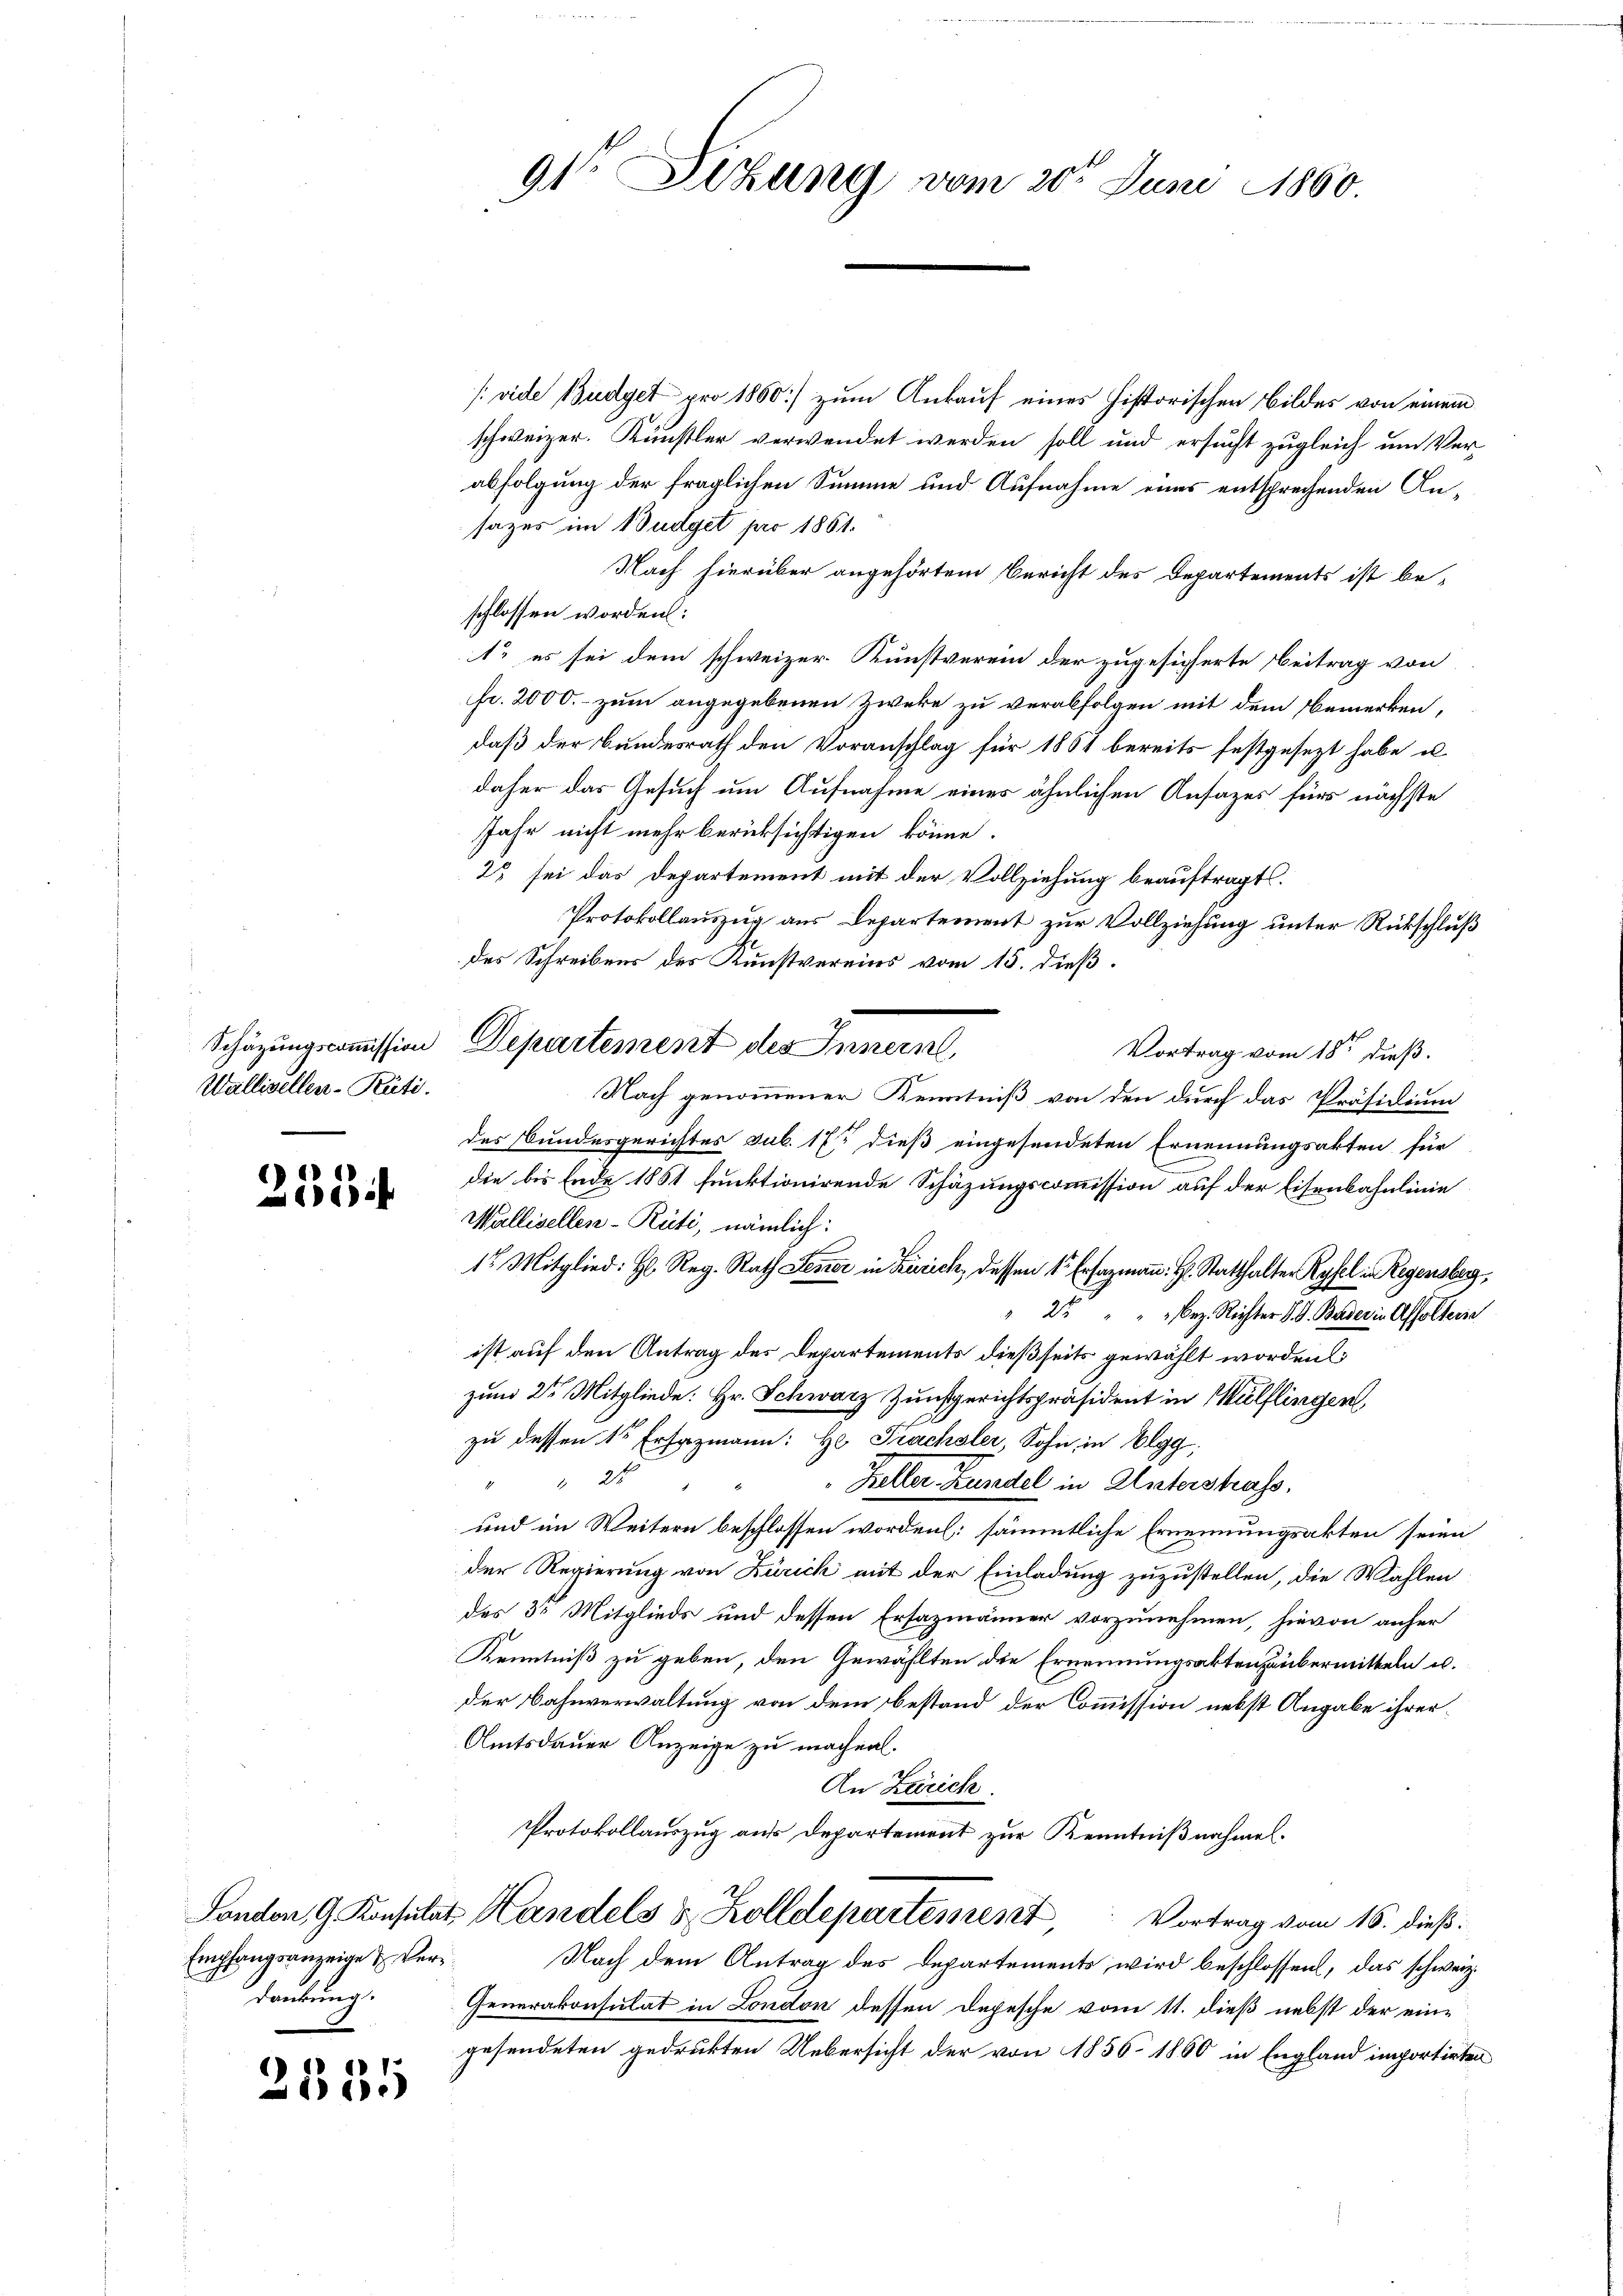
Wallisellen-Rüti.

253

(vide Budget pro 1860) zum Ankauf eines historischen Bildes von einem
schweizer. Künstler verwendet werden soll und ersucht zugleich um Verabfolgung der fraglichen Summe und Aufnahme eines entsprechenden Ansazes im Budget pro 1861.
Nach hierüber angehörtem Bericht des Departements ist be-
schlossen worden:
1t es sei dem schweizer Kunstverein der zugesicherte Beitrag von
fr. 2000.- zum angegebenen Zweke zu verabfolgen mit dem Bemerken,
daß der Bundesrath den Voranschlag für 1861 bereits festgesezt habe u
daher das Gesuch um Aufnahme eines ähnlichen Ansazes für nächste
Jahr nicht mehr berücksichtigen könne.
22 sei das Departement mit der Vollziehung beauftragt.
Protokollauszug aus Departement zur Vollziehung unter Rückschluß
des Schreibens des Kunstvereins vom 15. dieß.
Vortrag vom 18ten dieß.
Nach genommener Kenntniß von den durch das Präsidium
des Bundesgerichtes sub. 17 dieß eingesendeten Ernennungsakten für
die bis Ende 1861 funktionirende Schäzungscommission auf der Eisenbahnlinie
Wallisellen-Rüti, nämlich:
1 Mitglied: H. Reg. Rath Feuer in Zürich, dessen 1 Ersazmann: H. Statthalter Ryfel in Regensberg,
" 2 " " " Bez. Richter J. G. Bader in Affolterie
ist auf den Antrag des Departements dießseits gewählt worden
zum 2ten Mitgliede: Hr. Schwarz Zunftgerichtspräsident in Wülflingen,
zu dessen Sr. Ersazmann: Hr. Frachsler, Sohn in Elgg
24
Keller Kundel in Unterstrass
und im Weitern beschlossen worden: sämmtliche Ernennungsakten seien
der Regierung von Zürich mit der Einladung zuzustellen, die Wahlen
des 3 Mitglieds und dessen Ersazmänner vorzunehmen, hievon anher
Kenntniß zu geben, den Gewählten die Ernennungsakten übermitteln u.
der Bahnverwaltung von dem Bestand der Commission nebst Angabe ihrer¬
Amtsdauer Anzeige zu machen.
An Zürich.
Protokollauszug aus Departement zur Kenntnißnahmel¬
Landon 9 Konsulat Handels & Zolldepartement, Vortrag vom 16. dieß:
Nach dem Antrag des Departements wird beschlossen, das schweiz.
Generakonsulat in London dessen Depesche vom 11. dieß nebst der eingesendeten gedrukten Uebersicht der von 1856 1860 in England importirten

Empfangsanzeige & Verdankung.

2534

91te Sitzung vom 20t Juni 1860.

Schätzungscommission Departement des Innern,